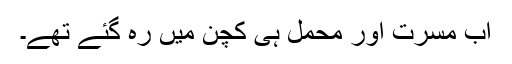
اب مسرت اور محمل ہی کچن میں رہ گئے تھے۔